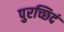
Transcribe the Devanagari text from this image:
पुरच्छिदं